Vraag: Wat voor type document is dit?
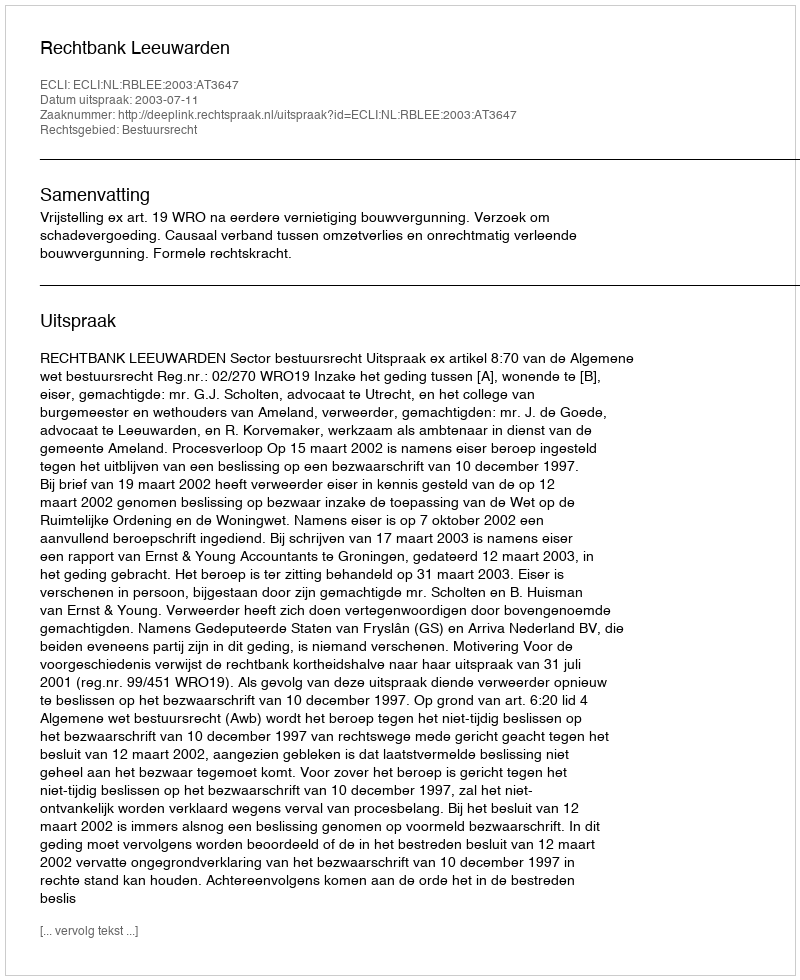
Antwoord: Uitspraak